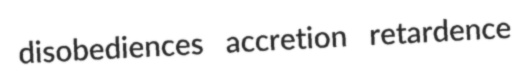
disobediences accretion retardence